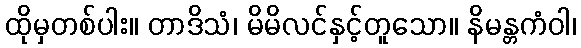
ထိုမှတစ်ပါး။ တာဒိသံ၊ မိမိလင်နှင့်တူသော။ နိမန္တကံဝါ၊